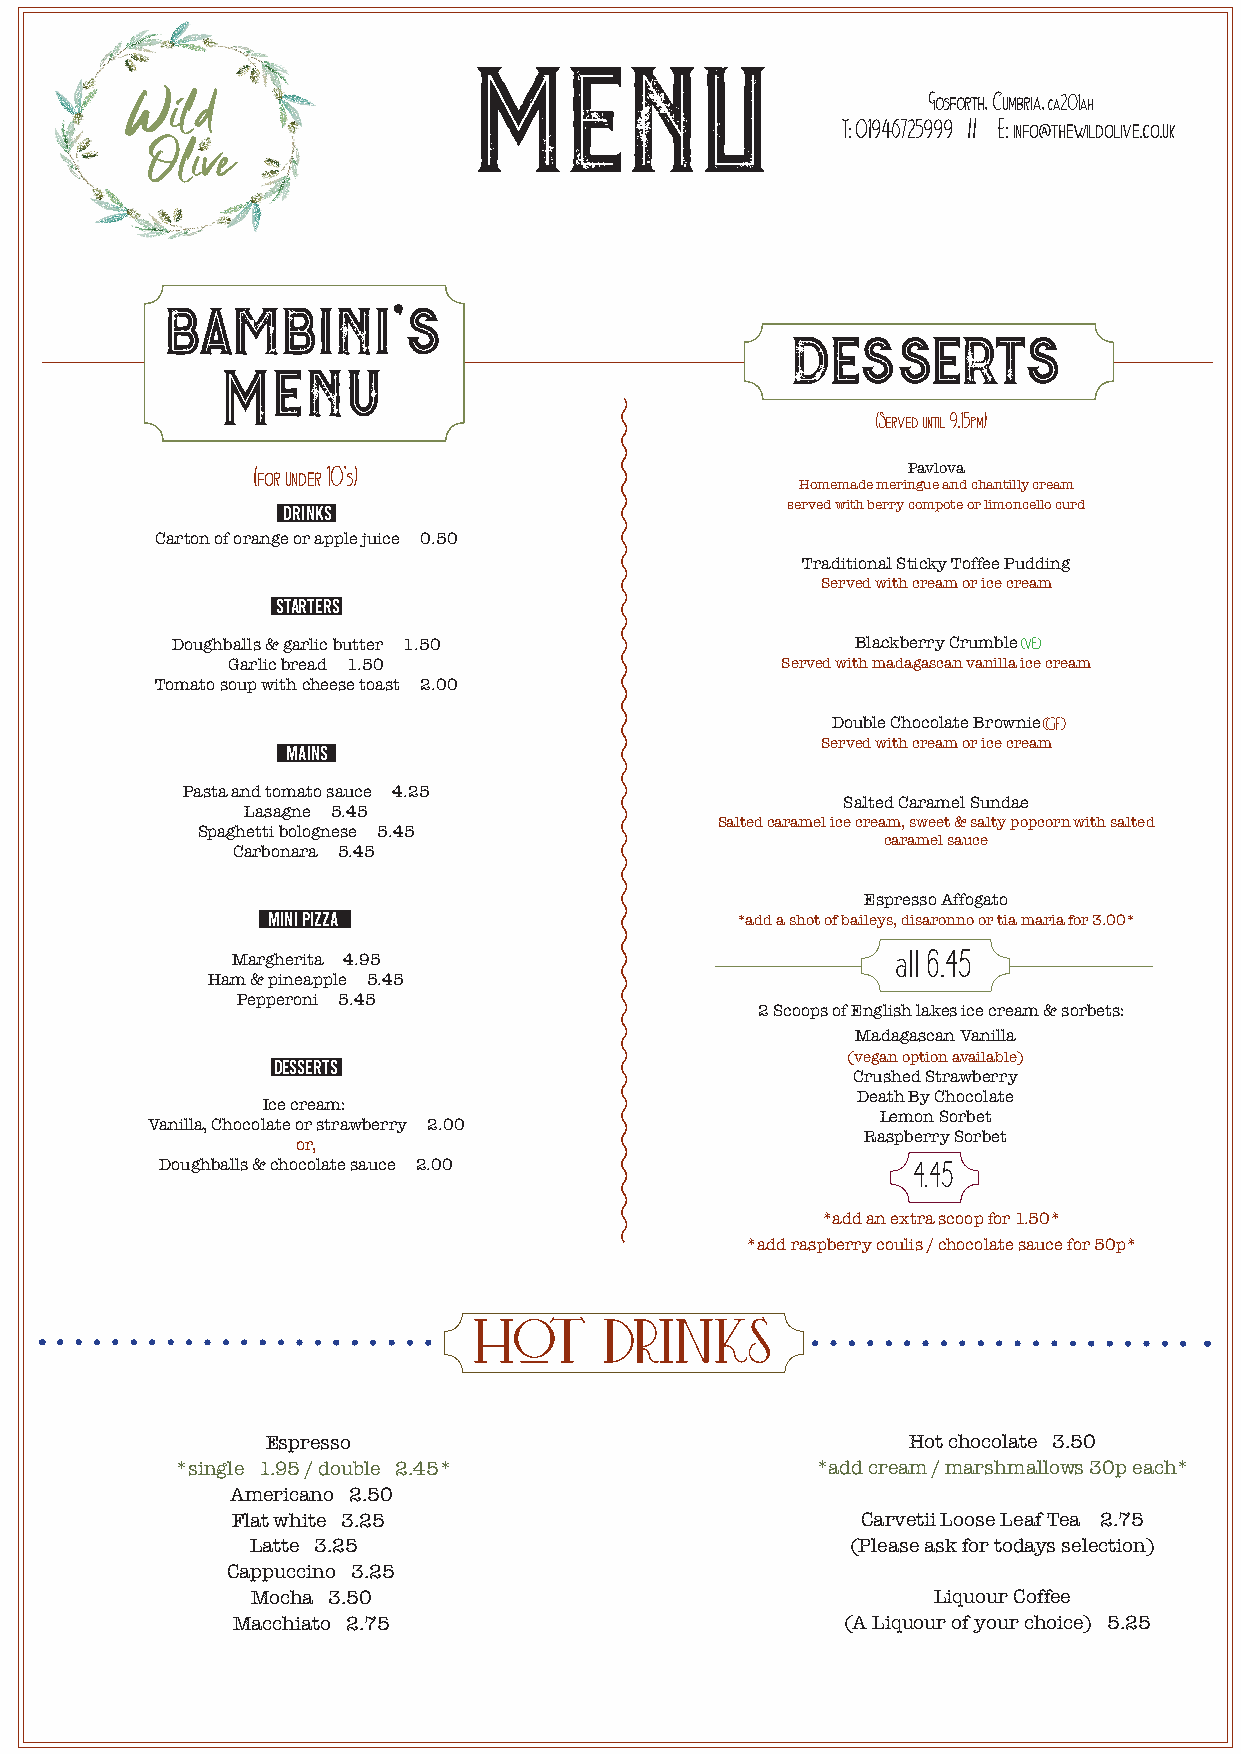
MENU
 Gosforth, Cumbria, ca201ah
 T: 01946725999 // E: info@thewildolive.co.uk
 bambini's
 desserts
 Menu
 (Served until 9.15pm)
 (for under 10's)                           Pavlova
 Homemade meringue and chantilly cream
 DRINKS                           served with berry compote or limoncello curd
 Carton of orange or apple juice 0.50
 Traditional Sticky Toffee Pudding
 Served with cream or ice cream
 STARTERS
 Doughballs & garlic butter 1.50               Blackberry Crumble(vE)
 Garlic bread 1.50                    Served with madagascan vanilla ice cream
 Tomato soup with cheese toast 2.00
 Double Chocolate Brownie(GF)
 MAINS                              Served with cream or ice cream
 Pasta and tomato sauce 4.25
 Salted Caramel Sundae
 Lasagne 5.45
 Salted caramel ice cream, sweet & salty popcorn with salted
 Spaghetti bolognese 5.45
 caramel sauce
 Carbonara 5.45
 Espresso Affogato
 MINI PIZZA                     *add a shot of baileys, disaronno or tia maria for 3.00*
 Margherita 4.95                             all 6.45
 Ham & pineapple 5.45
 Pepperoni 5.45
 2 Scoops of English lakes ice cream & sorbets:
 Madagascan Vanilla
 (vegan option available)
 DESSERTS
 Crushed Strawberry
 Death By Chocolate
 Ice cream:
 Lemon Sorbet
 Vanilla, Chocolate or strawberry 2.00
 Raspberry Sorbet
 or,
 Doughballs & chocolate sauce 2.00                4.45
 *add an extra scoop for 1.50*
 *add raspberry coulis / chocolate sauce for 50p*
 hot      drinks
 Espresso                                  Hot chocolate 3.50
 *single 1.95 / double 2.45*               *add cream / marsh mallows 30p each*
 Americano 2.50
 Flat white 3.25                           Carvetii Loose Leaf Tea 2.75
 Latte 3.25                             (Please ask for todays selection)
 Cappuccino 3.25
 Mocha 3.50                                   Liquour Coffee
 Macchiato 2.75                           (A Liquour of your choice) 5.25
 W: www.thewildolive.co.uk E: info@thewildolive.co.uk T: 01946725999